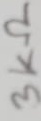
Text: 3KΩ